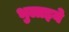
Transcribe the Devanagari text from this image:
भुलाइये